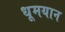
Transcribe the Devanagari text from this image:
धूमयान